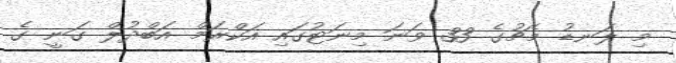
މި ލަނޑު މެޗުގެ 33 ވަނަ މިނަޓުގައި އަކްރަމް އަބްދުލް ގަނީ ގެ